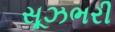
સૂઝભરી